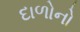
દાળોનો